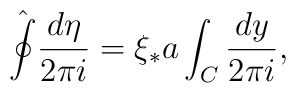
\hat{\oint}\frac{d\eta}{2\pi i}=\xi_{*}a\int_{C}\frac{dy}{2\pi i},